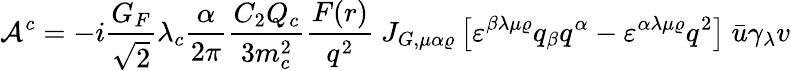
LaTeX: {\cal A}^{c}=-i\frac{G_{F}}{\sqrt{2}}\lambda_{c}\frac{\alpha}{2\pi}\frac{C_{2}Q_{c}}{3m_{c}^{2}}\frac{F(r)}{q^{2}}\ J_{G,\mu\alpha\varrho}\left[\varepsilon^{\beta\lambda\mu\varrho}q_{\beta}q^{\alpha}-\varepsilon^{\alpha\lambda\mu\varrho}q^{2}\right]\ \bar{u}\gamma_{\lambda}v